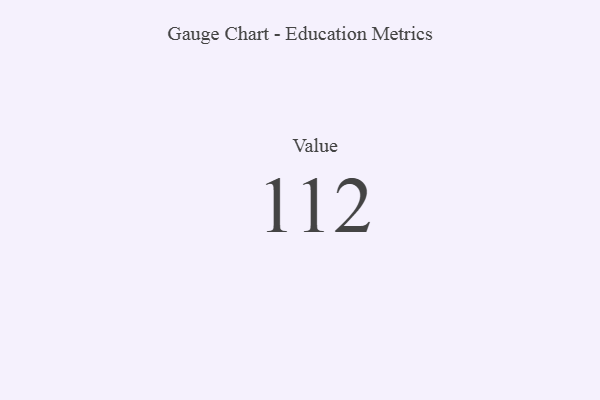
{"axis": {"x": "Metric", "y": "Value"}, "legend": [""], "data": [{"x": "Value", "y": 112, "type": ""}]}